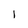
Character: l